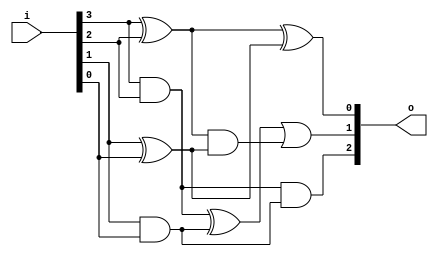


module bsg_popcount_width_p4
(
  i,
  o
);

  input [3:0] i;
  output [2:0] o;
  wire [2:0] o;
  wire N0,N1;
  wire [1:0] four_s0,four_c0;
  assign four_s0[1] = i[3] ^ i[2];
  assign four_s0[0] = i[1] ^ i[0];
  assign four_c0[1] = i[3] & i[2];
  assign four_c0[0] = i[1] & i[0];
  assign o[0] = four_s0[1] ^ four_s0[0];
  assign o[1] = N0 | N1;
  assign N0 = four_c0[1] ^ four_c0[0];
  assign N1 = four_s0[1] & four_s0[0];
  assign o[2] = four_c0[1] & four_c0[0];

endmodule



module bsg_popcount_width_p8
(
  i,
  o
);

  input [7:0] i;
  output [3:0] o;
  wire [3:0] o;
  wire [2:0] recurse_lo,recurse_hi;

  bsg_popcount_width_p4
  recurse_left
  (
    .i(i[3:0]),
    .o(recurse_lo)
  );


  bsg_popcount_width_p4
  recurse_right
  (
    .i(i[7:4]),
    .o(recurse_hi)
  );

  assign o = recurse_lo + recurse_hi;

endmodule



module bsg_popcount_width_p16
(
  i,
  o
);

  input [15:0] i;
  output [4:0] o;
  wire [4:0] o;
  wire [3:0] recurse_lo,recurse_hi;

  bsg_popcount_width_p8
  recurse_left
  (
    .i(i[7:0]),
    .o(recurse_lo)
  );


  bsg_popcount_width_p8
  recurse_right
  (
    .i(i[15:8]),
    .o(recurse_hi)
  );

  assign o = recurse_lo + recurse_hi;

endmodule



module bsg_popcount_width_p32
(
  i,
  o
);

  input [31:0] i;
  output [5:0] o;
  wire [5:0] o;
  wire [4:0] recurse_lo,recurse_hi;

  bsg_popcount_width_p16
  recurse_left
  (
    .i(i[15:0]),
    .o(recurse_lo)
  );


  bsg_popcount_width_p16
  recurse_right
  (
    .i(i[31:16]),
    .o(recurse_hi)
  );

  assign o = recurse_lo + recurse_hi;

endmodule